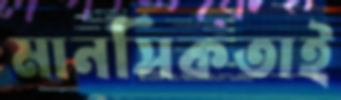
মানসিকতাই